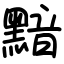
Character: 黯